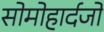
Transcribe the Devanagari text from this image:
सोमोहार्दजो